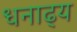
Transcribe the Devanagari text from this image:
धनाढ्‍य